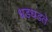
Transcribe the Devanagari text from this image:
धडधडते